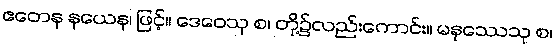
ဧတေန နယေန၊ ဖြင့်။ ဒေဝေသု စ၊ တို့၌လည်းကောင်း။ မနုဿေသု စ၊